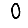
Digit: 0